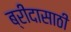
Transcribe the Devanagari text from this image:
ब्रीदासाठी